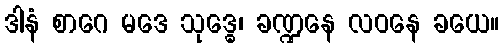
ဒါနံ စာဂေ မဒေ သုဒ္ဓေ၊ ခဏ္ဍနေ လဝနေ ခယေ။